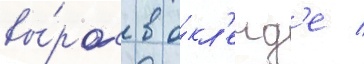
вы́рос в о́кл'енд'е /